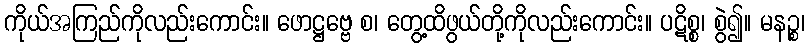
ကိုယ်အကြည်ကိုလည်းကောင်း။ ဖောဋ္ဌဗ္ဗေ စ၊ တွေ့ထိဖွယ်တို့ကိုလည်းကောင်း။ ပဋိစ္စ၊ စွဲ၍။ မနဉ္စ၊